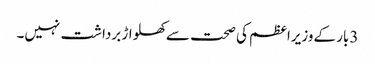
3بار کےوزیراعظم کی صحت سےکھلواڑ برداشت نہیں۔